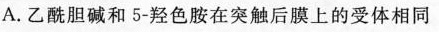
A. 乙酰胆碱和5-羟色胺在突触后膜上的受体相同